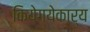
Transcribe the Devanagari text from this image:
कियेगयेकार्य